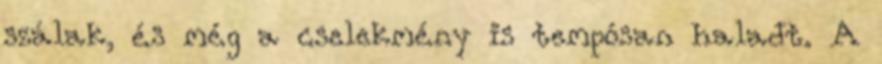
szálak, és még a cselekmény is tempósan haladt. A